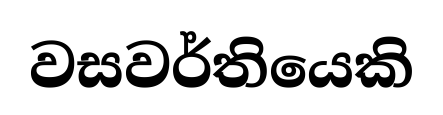
වසවර්තියෙකි